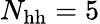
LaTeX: N_{\mathrm{hh}}=5